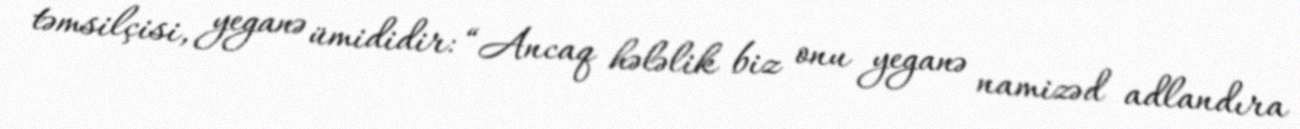
təmsilçisi, yeganə ümididir: “Ancaq hələlik biz onu yeganə namizəd adlandıra